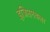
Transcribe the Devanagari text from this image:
इजिप्तमधला